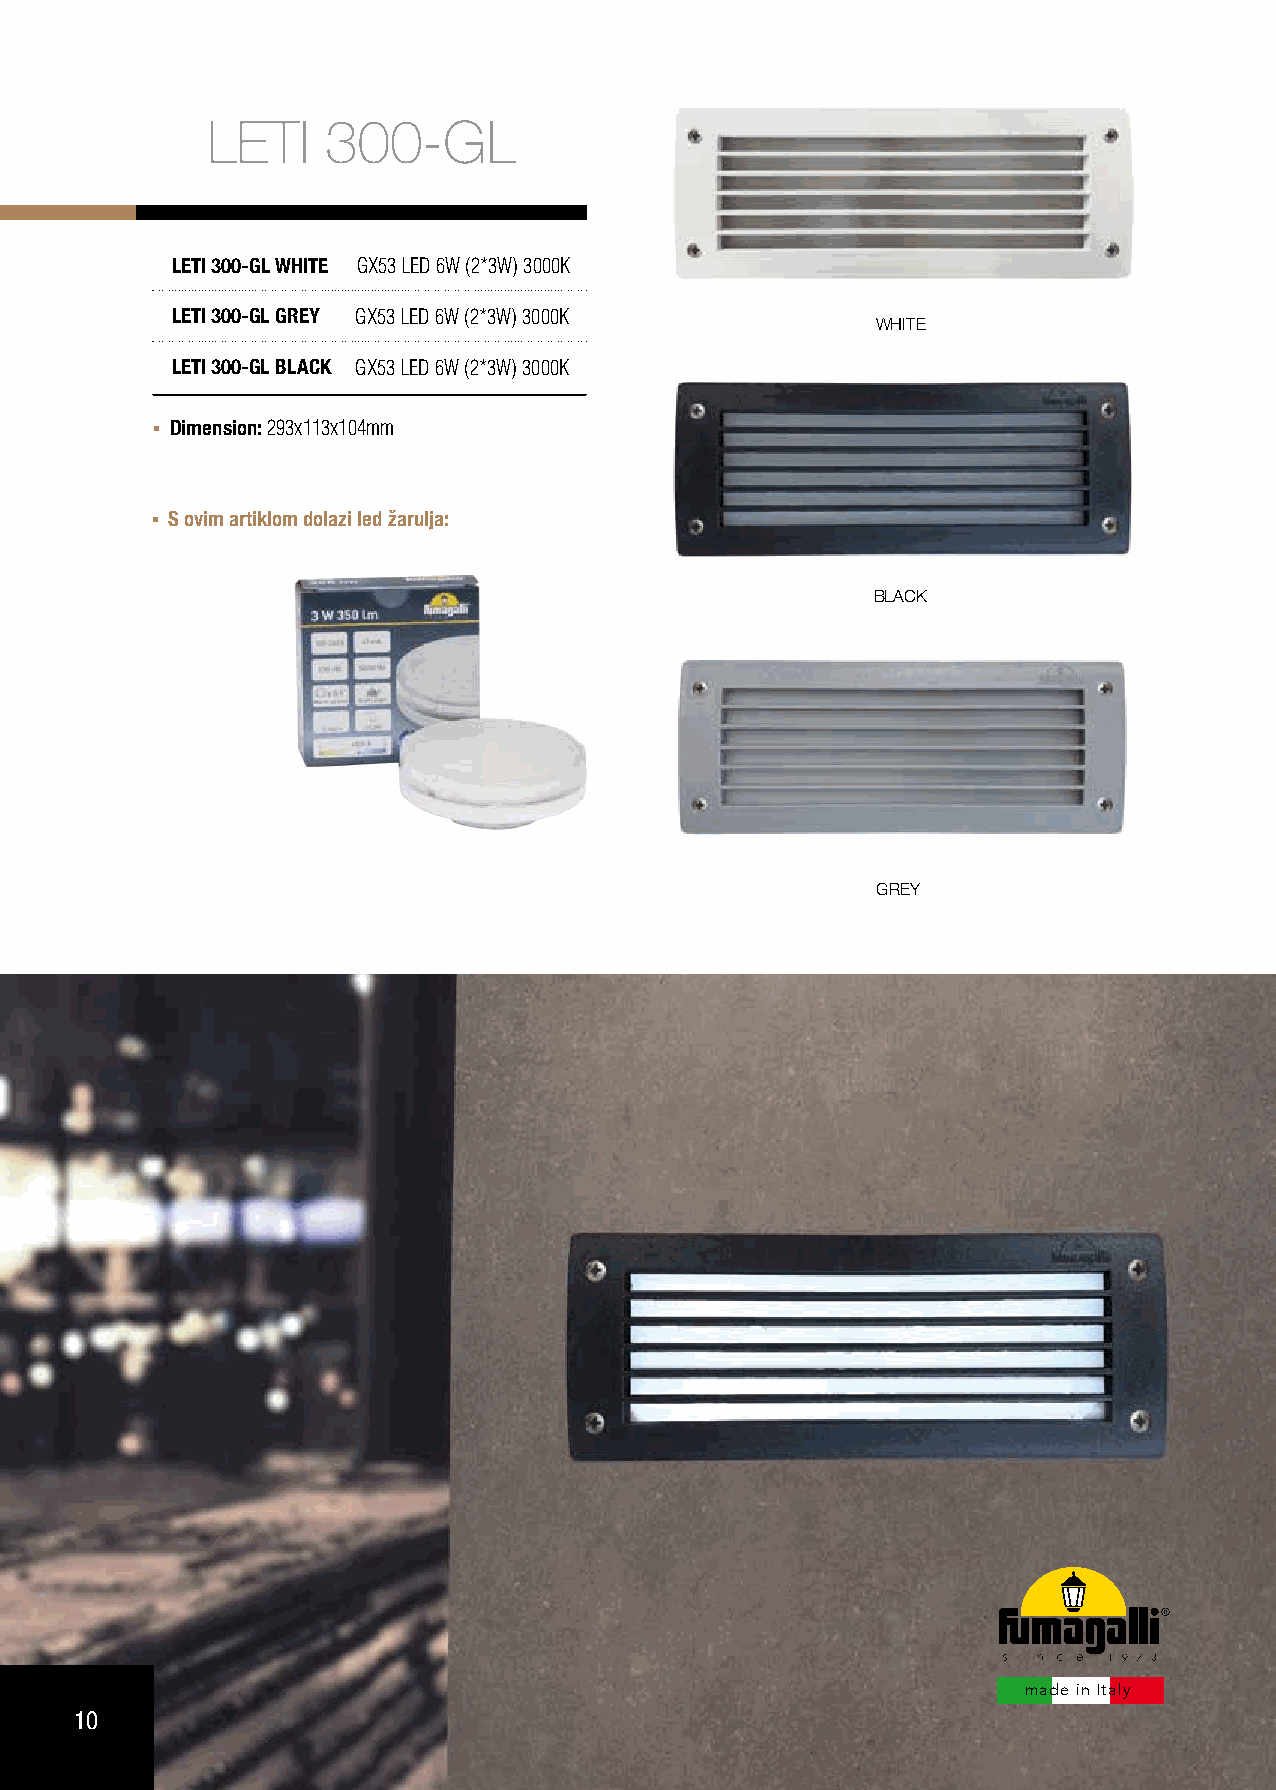
LETI    300-GL
 LETI 300-GL WHITE GX53 LED 6W (2*3W) 3000K
 LETI 300-GL GREY GX53 LED 6W (2*3W) 3000K
 WHITE
 LETI 300-GL BLACK GX53 LED 6W (2*3W) 3000K
 Dimension: 293x113x104mm
 S ovim artiklom dolazi led žarulja:
 BLACK
 GREY
 made in Italy
 10